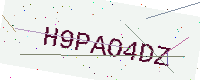
Text: H9PAO4DZ